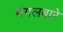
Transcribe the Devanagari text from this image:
मंगलबारे